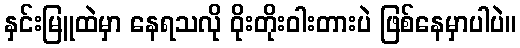
နှင်းမြူထဲမှာ နေရသလို ဝိုးတိုးဝါးတားပဲ ဖြစ်နေမှာပါပဲ။